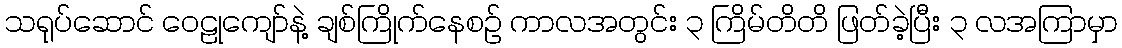
သရုပ်ဆောင် ဝေဠုကျော်နဲ့ ချစ်ကြိုက်နေစဉ် ကာလအတွင်း ၃ ကြိမ်တိတိ ဖြတ်ခဲ့ပြီး ၃ လအကြာမှာ